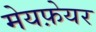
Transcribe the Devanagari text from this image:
मेयफ़ेयर